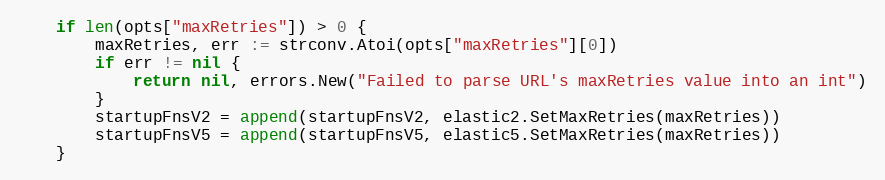
Language: Go
	if len(opts["maxRetries"]) > 0 {
		maxRetries, err := strconv.Atoi(opts["maxRetries"][0])
		if err != nil {
			return nil, errors.New("Failed to parse URL's maxRetries value into an int")
		}
		startupFnsV2 = append(startupFnsV2, elastic2.SetMaxRetries(maxRetries))
		startupFnsV5 = append(startupFnsV5, elastic5.SetMaxRetries(maxRetries))
	}